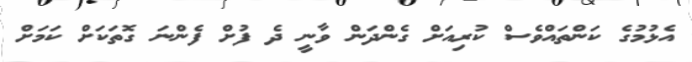
އެޅުމުގެ ކަންތައްވެސް ކުރިއަށް ގެންދަން ވާނީ ދެ ފުށް ފެންނަ ގޮތަކަށް ކަމަށް